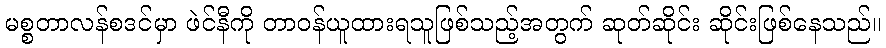
မစ္စတာလန်စဒင်မှာ ဖဲင်နီကို တာဝန်ယူထားရသူဖြစ်သည့်အတွက် ဆုတ်ဆိုင်း ဆိုင်းဖြစ်နေသည်။